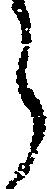
う